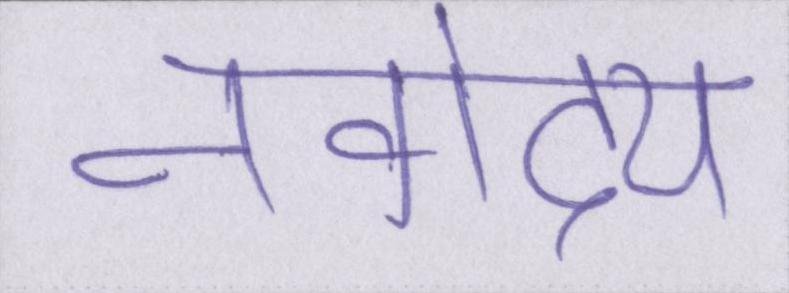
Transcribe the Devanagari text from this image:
नवोदय